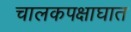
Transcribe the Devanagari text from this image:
चालकपक्षाघात